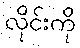
လိုင်းကို